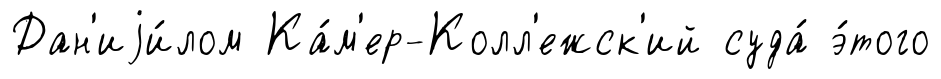
Дан'иjи́лом Ка́м'ер-Колл'ежск'ий суда́ э́того